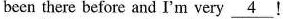
been there before and I'm very \underline{4} !